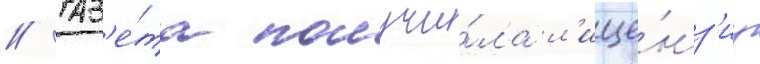
// Газ'е́та получи́ла л'ице́нз'иу